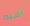
أمره